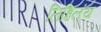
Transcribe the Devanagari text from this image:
लिहिलंय